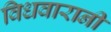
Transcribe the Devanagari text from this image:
विधवारानी